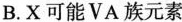
B.X可能ⅤA族元素